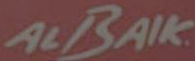
ALBAIK